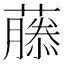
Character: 𬞳